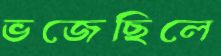
ভজেছিলে